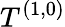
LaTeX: T^{(1,0)}